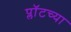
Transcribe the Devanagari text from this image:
प्लॉटच्या